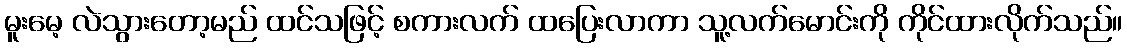
မူးမေ့ လဲသွားတော့မည် ထင်သဖြင့် စကားလက် ထပြေးလာကာ သူ့လက်မောင်းကို ကိုင်ထားလိုက်သည်။